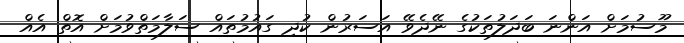
މޫސުމަށް އަންނަ ބަދަލުތަކުގެ ނޭދެވޭ އަސަރުން ކުދި ގައުމުތައް ސަލާމަތްވުމަށް އޮތް އެއް